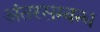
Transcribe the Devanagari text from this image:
अंतरसम्बन्ध